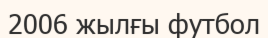
2006 жылғы футбол